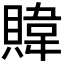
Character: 𫎞